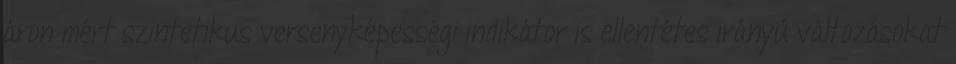
áron mért szintetikus versenyképességi indikátor is ellentétes irányú változásokat